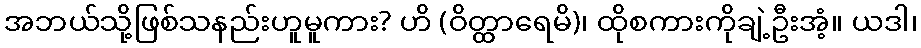
အဘယ်သို့ဖြစ်သနည်းဟူမူကား? ဟိ (ဝိတ္ထာရေမိ)၊ ထိုစကားကိုချဲ့ဦးအံ့။ ယဒါ၊